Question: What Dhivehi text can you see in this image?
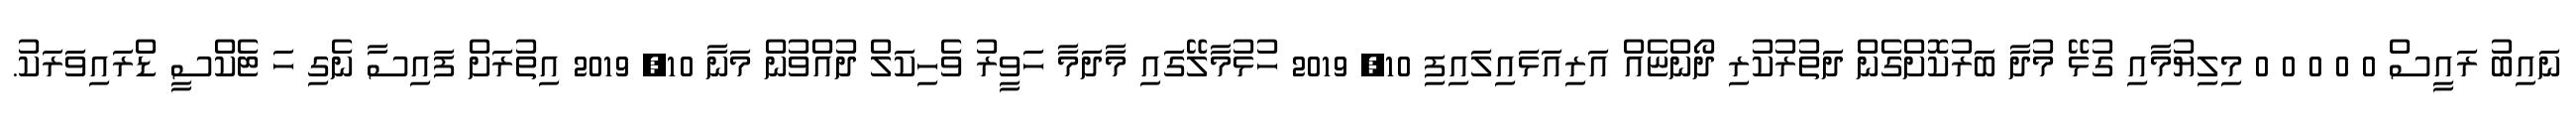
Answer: ނައިބު ރައީސް 0 0 0 0 0 މިލިޔުމާއި ގުޅޭ މުދާ ބަރުކޮށްގެން ދަތުރުކުރި ދޯންޏެއް އަރިއަޅައިލައިފި 10, 2019 ހުޅުމާލޭގައި މާދަމާ ހަވީރު ވެހިކަލް ދުއްވުން މަނާ 10, 2019 އިތުރަށް ފައިސާ ނެގި ހަ ޓެކްސީ ޑްރައިވަރަކު.